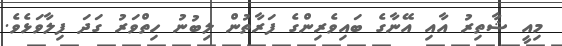
މިއީ ޝާތިރު އާއި އޭނާގެ ބައިވެރިންގެ ފަރާތުން ލިބުނު ހިތްވަރު ގަދަ ފިލާވަޅެވެ.